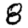
Digit: 8